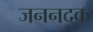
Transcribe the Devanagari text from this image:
जननदक